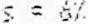
S = 6%